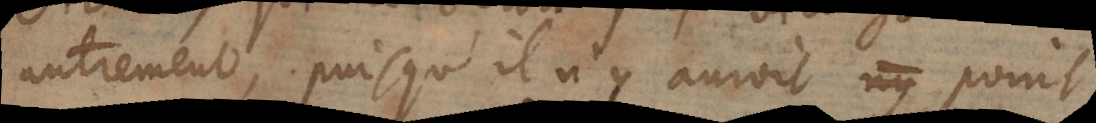
autrement, puisqu’il n’y auroit ny point